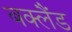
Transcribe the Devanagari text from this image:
बक्लैंड